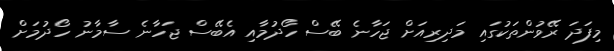
މިފަދަ ރޭވުންތަކުގައި މަދިރިއަށް ޖަހާނެ ބޭސް ހޯދުމާއި އެބޭސް ޖަހާނެ ސާމާނު ހޯދުމަށް